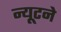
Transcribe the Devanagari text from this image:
न्यूटने